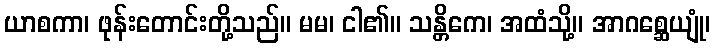
ယာစကာ၊ ဖုန်းတောင်းတို့သည်။ မမ၊ ငါ၏။ သန္တိကေ၊ အထံသို့။ အာဂစ္ဆေယျုံ၊